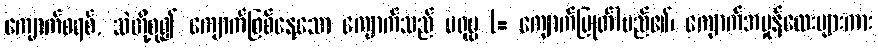
ကျောက်စရစ်, သဲတို့စု၍ ကျောက်ဖြစ်နေသော ကျောက်သည် မရုမ္ဗ (= ကျောက်ပြုတ်)မည်၏၊ ကျောက်အမှုန်လေးများကား